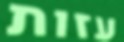
עזות